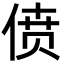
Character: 偾